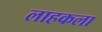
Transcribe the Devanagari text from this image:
लाहकला